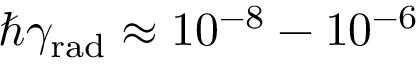
\hbar \gamma _ { \mathrm { r a d } } \approx 1 0 ^ { - 8 } - 1 0 ^ { - 6 }